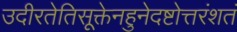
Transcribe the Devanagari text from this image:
उदीरतेतिसूक्तेनहुनेदष्टोत्तरंशतं